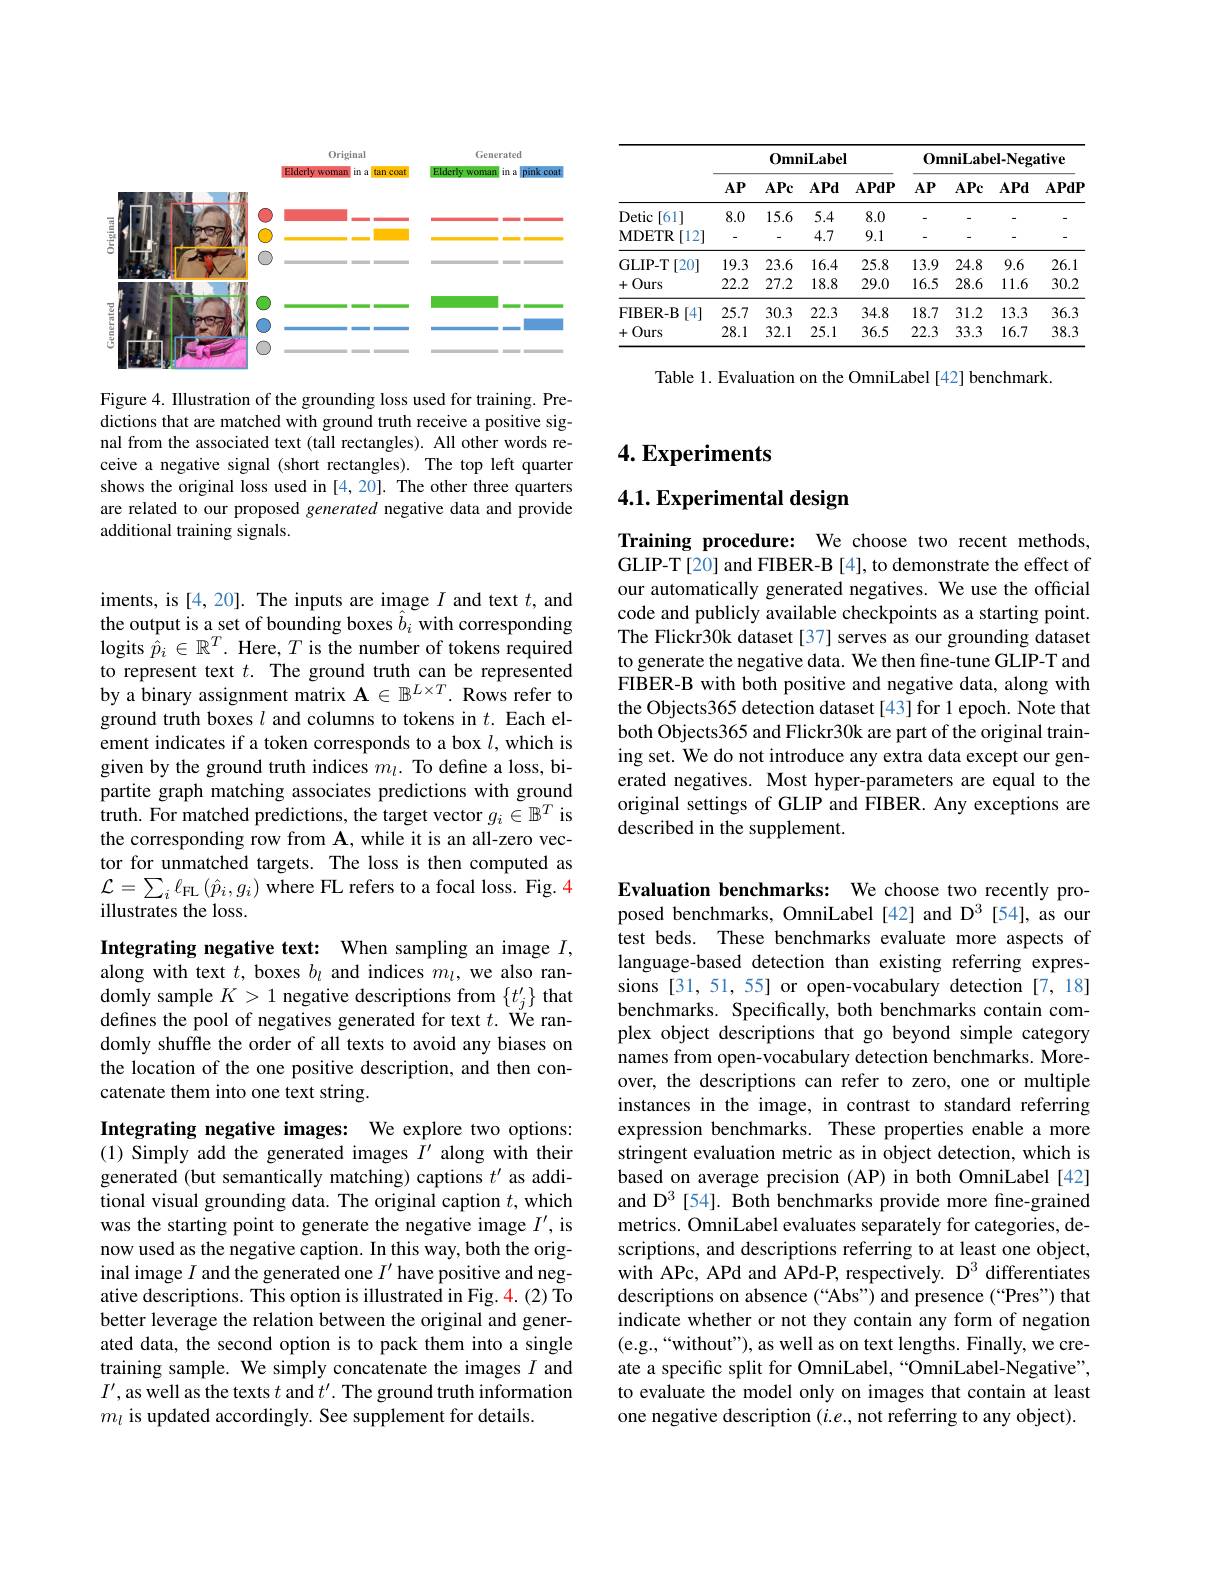
<table>
	<tbody>
		<tr>
			<th> </th>
			<th colspan="4">OmniLabel</th>
			<th colspan="4">OmniLabel-Negative</th>
		</tr>
		<tr>
			<th> </th>
			<th>$AP$</th>
			<th>APc</th>
			<th>APd</th>
			<th>APdP</th>
			<th>$AP$</th>
			<th>APc</th>
			<th>APd</th>
			<th>APdP</th>
		</tr>
		<tr>
			<td>Detic [61]</td>
			<td>8.0</td>
			<td>15.6</td>
			<td>5.4</td>
			<td>8.0</td>
			<td>-</td>
			<td>一</td>
			<td>一</td>
			<td>一</td>
		</tr>
		<tr>
			<td>[12] MDETR</td>
			<td>-</td>
			<td>-</td>
			<td>4.7</td>
			<td>9.1</td>
			<td>-</td>
			<td>-</td>
			<td>-</td>
			<td>-</td>
		</tr>
		<tr>
			<td>GLIP-T [20]</td>
			<td>19.3</td>
			<td>23.6</td>
			<td>16.4</td>
			<td>25.8</td>
			<td>13.9</td>
			<td>24.8</td>
			<td>9.6</td>
			<td>26.1</td>
		</tr>
		<tr>
			<td>Ours 十</td>
			<td>22.2</td>
			<td>27.2</td>
			<td>18.8</td>
			<td>29.0</td>
			<td>16.5</td>
			<td>28.6</td>
			<td>11.6</td>
			<td>30.2</td>
		</tr>
		<tr>
			<td>$\mathbf{FIBER-B}$ [4]</td>
			<td>25.7</td>
			<td>30.3</td>
			<td>22.3</td>
			<td>34.8</td>
			<td>18.7</td>
			<td>31.2</td>
			<td>13.3</td>
			<td>36.3</td>
		</tr>
		<tr>
			<td>Ours 十</td>
			<td>28.1</td>
			<td>32.1</td>
			<td>25.1</td>
			<td>36.5</td>
			<td>22.3</td>
			<td>33.3</td>
			<td>16.7</td>
			<td>38.3</td>
		</tr>
	</tbody>
</table>

Table 1. Evaluation on the OmniLabel [42] benchmark.

<FigureHere>

Figure 4. Illustration of the grounding loss used for training. Predictions that are matched with ground truth receive a positive signal from the associated text (tall rectangles). All other words receive a negative signal (short rectangles). The top left quarter shows the original loss used in [4,20]. The other three quarters are related to our proposed generated negative data and provide additional training signals.

iments, is [4,20]. The inputs are image $I$ and text $t$, and the output is a set of bounding boxes $\hat{b}_i$ with corresponding logits $\bar{\hat{p}}_i\in\mathbb{R}^T.$ Here, $T$ is the number of tokens required to represent text $t.$ The ground truth can be represented by a binary assignment matrix $\mathbf{A}\in\mathbb{B}^{L\times T}.$ Rows refer to ground truth boxes $l$ and columns to tokens in $t.$ Each element indicates if a token corresponds to a box $l$,which is given by the ground truth indices $m_l.$ To define a loss, bipartite graph matching associates predictions with ground truth. For matched predictions, the target vector $g_i\in\mathbb{B}^T$ is the corresponding row from A, while it is an all-zero vector for unmatched targets. The loss is then computed as $\mathcal{L} = \sum _{i}\ell _{\mathrm{FL}}\left ( \hat{p} _{i}, g_{i}\right )$where FL refers to a focal loss. Fig.4 illustrates the loss.

Integrating negative text: When sampling an image $I$, along with text $t$, boxes $b_l$ and indices $m_l$, we also randomly sample $K>1$ negative descriptions from $\{t_j^{\prime}\}$ that defines the pool of negatives generated for text $t.$ We randomly shuffle the order of all texts to avoid any biases on the location of the one positive description, and then concatenate them into one text string.

Integrating negative images: We explore two options: (1) Simply add the generated images $I^\prime$ along with their generated (but semantically matching) captions $t^\prime$ as additional visual grounding data. The original caption $t$, which was the starting point to generate the negative image $I^\prime$, is now used as the negative caption. In this way, both the original image $I$ and the generated one $I^\prime$ have positive and negative descriptions. This option is illustrated in Fig. 4. (2) To better leverage the relation between the original and generated data, the second option is to pack them into a single training sample. We simply concatenate the images $I$ and $I^{\prime}$,as well as the texts $t$ and $t^\prime.$ The ground truth information $m_l$ is updated accordingly. See supplement for details.

## $4. \textbf{Experiments}$

4.1. Experimental design

Training procedure: We choose two recent methods GLIP-T[20] and FIBER-B [4], to demonstrate the effect of our automatically generated negatives. We use the official code and publicly available checkpoints as a starting point. The Flickr30k dataset [37] serves as our grounding dataset to generate the negative data. We then fine-tune GLIP-T and FIBER-B with both positive and negative data, along with the Objects365 detection dataset[43]for 1 epoch. Note that both Objects365 and Flickr30k are part of the original training set. We do not introduce any extra data except our generated negatives. Most hyper-parameters are equal to the original settings of GLIP and FIBER. Any exceptions are described in the supplement.

Evaluation benchmarks: We choose two recently proposed benchmarks, OmniLabel [42] and D$^3$ [54], as our test beds. These benchmarks evaluate more aspects of language-based detection than existing referring expressions [31,51,55] or open-vocabulary detection[7,18] benchmarks. Specifically, both benchmarks contain complex object descriptions that go beyond simple category names from open-vocabulary detection benchmarks. Moreover, the descriptions can refer to zero, one or multiple instances in the image, in contrast to standard referring expression benchmarks. These properties enable a more stringent evaluation metric as in object detection, which is based on average precision (AP) in both OmniLabel[42] and D$^3$[54]. Both benchmarks provide more fine-grained metrics. OmniLabel evaluates separately for categories, descriptions, and descriptions referring to at least one object, with APc, APd and $\hat{\text{APd-P, respectively. D}^3}$ differentiates descriptions on absence (“Abs”) and presence (“Pres") that indicate whether or not they contain any form of negation (e.g.,“without"), as well as on text lengths. Finally, we create a specific split for OmniLabel,“OmniLabel-Negative”, to evaluate the model only on images that contain at least one negative description $(i.e.$, not referring to any object).